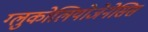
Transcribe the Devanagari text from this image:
ग्लुकोलियोजेनेसिस